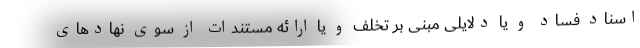
اسناد فساد و یا دلایلی مبنی بر تخلف و یا ارائه مستندات از سوی نهادهای